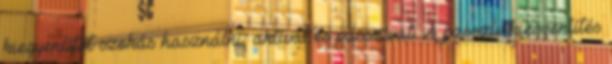
kiegyenlítőt szokás használni: aktívat és passzívat. A passzív kiegyenlítés